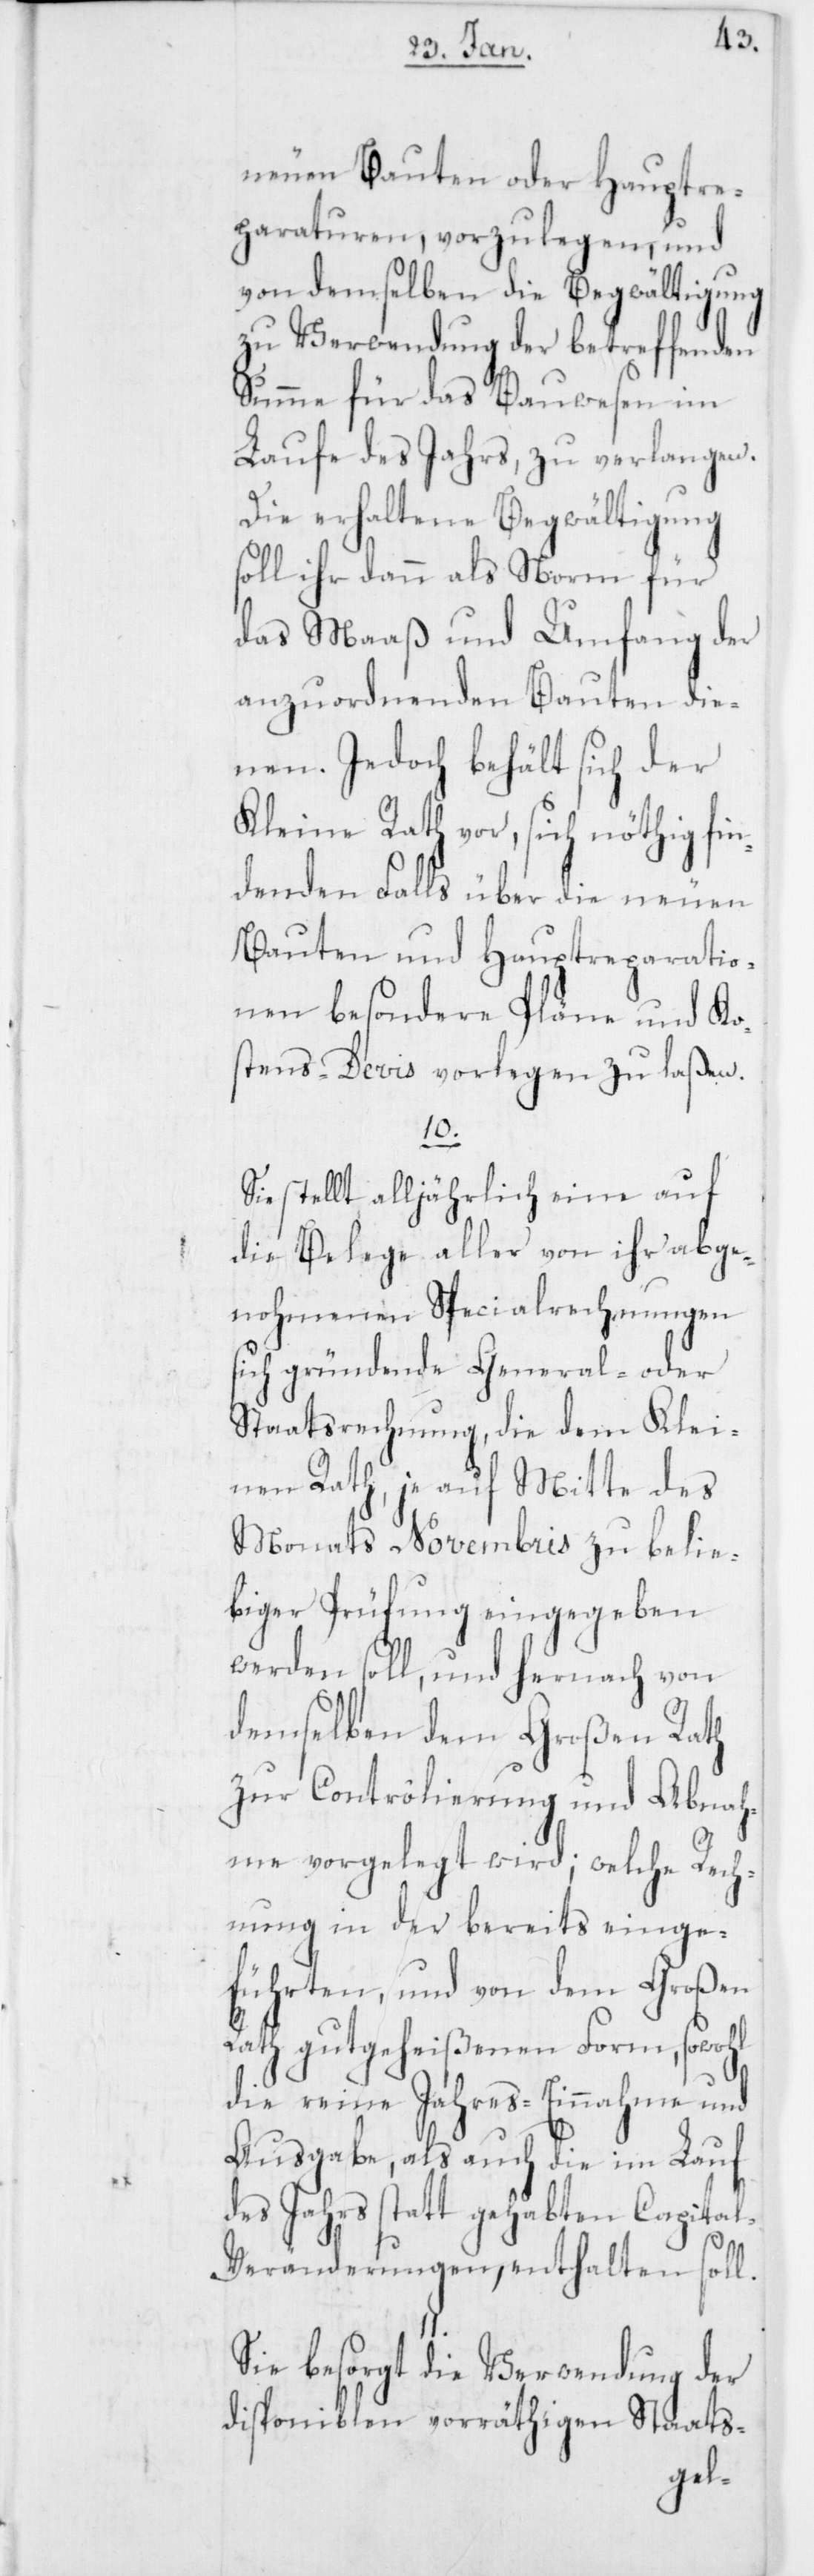
neuen Bauten oder Hauptre¬
paraturen, vorzulegen, und
von demselben die Begwältigung
zu Verwendung der betreffenden
Summe für das Bauwesen im
Laufe des Jahrs, zu verlangen.
Die erhaltene Begwältigung
soll ihr dann als Norm für
das Maaß und Umfang der
anzuordnenden Bauten die¬
nen. Jedoch behält sich der
Kleine Rath vor, sich nöthig fin¬
denden Falls über die neuen
Bauten und Hauptreparatio¬
nen besondere Pläne und Ko¬
stens-Devis vorlegen zu laßen.
10.
Sie stellt alljährlich eine auf
die Belege aller von ihr abge¬
nohmenen Specialrechnungen
sich gründende General- oder
Staatsrechnung, die dem Klei¬
nen Rath, je auf Mitte des
Monats Novembris zu belie¬
biger Prüfung eingegeben
werden soll, und hernach von
demselben dem Großen Rath
zur Controlierung und Abnah¬
me vorgelegt wird; welche Rech¬
nung in der bereits einge¬
führten, und von dem Großen
Rath gutgeheißenen Form, sowohl
die reine Jahres-Einnahme und
Ausgabe, als auch die im Lauf
des Jahrs statt gehabten Capita¬
l-Veränderungen, enthalten soll.
Sie besorgt die Verwendung der
disponiblen vorräthigen Staats-